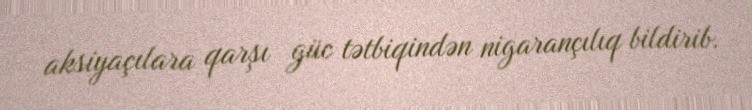
aksiyaçılara qarşı güc tətbiqindən nigarançılıq bildirib.